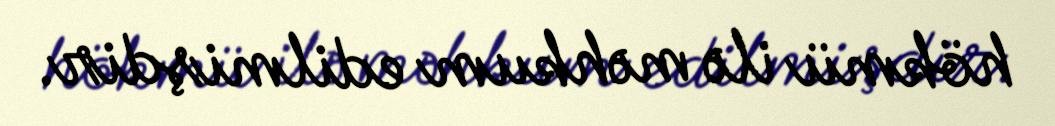
hökmü ilə məhkum edilmişdir.